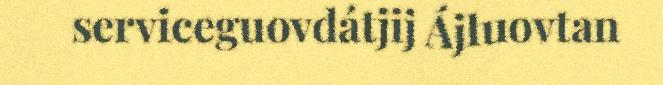
serviceguovdátjij Ájluovtan